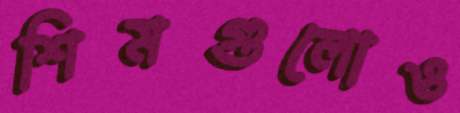
শিমগুলোও